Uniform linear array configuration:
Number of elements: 48
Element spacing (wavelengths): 1
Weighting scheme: uniform
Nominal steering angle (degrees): -60
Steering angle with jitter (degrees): -58.588
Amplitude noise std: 0.05
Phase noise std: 0.05

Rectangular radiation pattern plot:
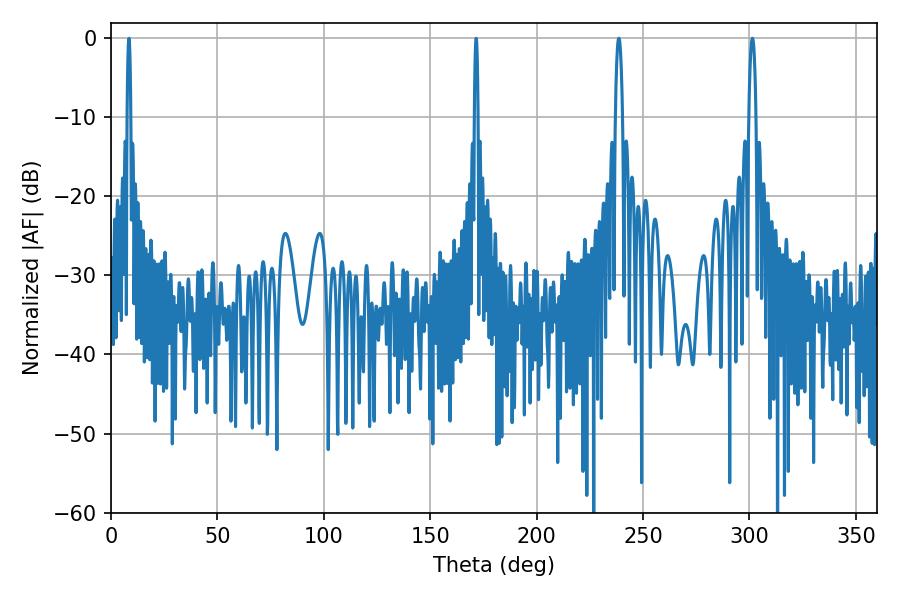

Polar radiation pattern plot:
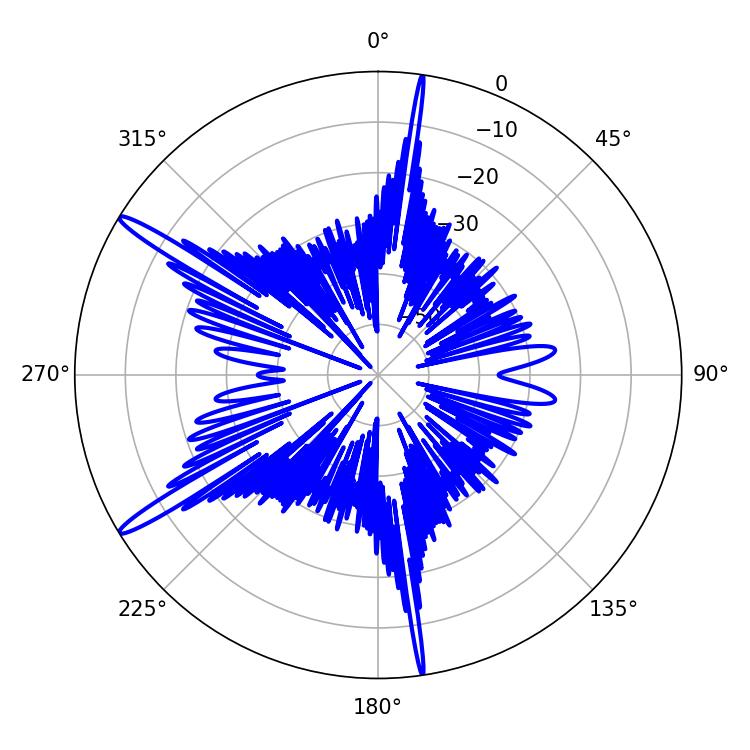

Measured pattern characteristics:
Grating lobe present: TRUE
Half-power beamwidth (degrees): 1.8
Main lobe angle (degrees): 301.32